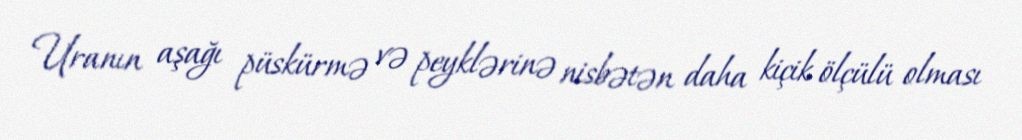
Uranın aşağı püskürmə və peyklərinə nisbətən daha kiçik ölçülü olması